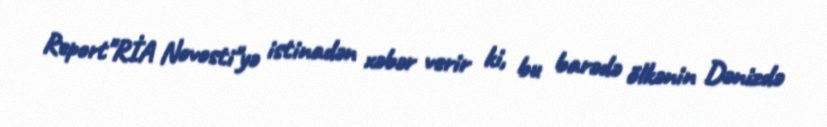
Report"RİA Novosti"yə istinadən xəbər verir ki, bu barədə ölkənin Dənizdə